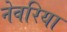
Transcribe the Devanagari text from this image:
नेवरिया